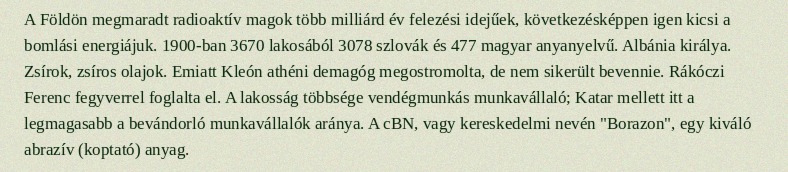
A Földön megmaradt radioaktív magok több milliárd év felezési idejűek, következésképpen igen kicsi a bomlási energiájuk. 1900-ban 3670 lakosából 3078 szlovák és 477 magyar anyanyelvű. Albánia királya. Zsírok, zsíros olajok. Emiatt Kleón athéni demagóg megostromolta, de nem sikerült bevennie. Rákóczi Ferenc fegyverrel foglalta el. A lakosság többsége vendégmunkás munkavállaló; Katar mellett itt a legmagasabb a bevándorló munkavállalók aránya. A cBN, vagy kereskedelmi nevén "Borazon", egy kiváló abrazív (koptató) anyag.